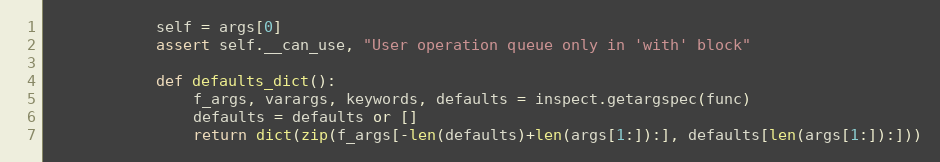
Language: Python
            self = args[0]
            assert self.__can_use, "User operation queue only in 'with' block"

            def defaults_dict():
                f_args, varargs, keywords, defaults = inspect.getargspec(func)
                defaults = defaults or []
                return dict(zip(f_args[-len(defaults)+len(args[1:]):], defaults[len(args[1:]):]))